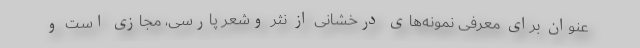
عنوان برای معرفی نمونه‌های درخشانی از نثر وشعر پارسی، مجازی است و